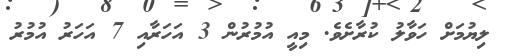
ލިޔުމަށް ހަވާލު ކުރާށެވެ. މިއީ އުމުރުން 3 އަހަރާއި 7 އަހަރު އުމުރު